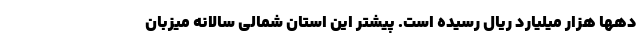
دهها هزار میلیارد ریال رسیده است. پیشتر این استان شمالی سالانه میزبان